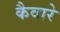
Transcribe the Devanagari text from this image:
कैवारे